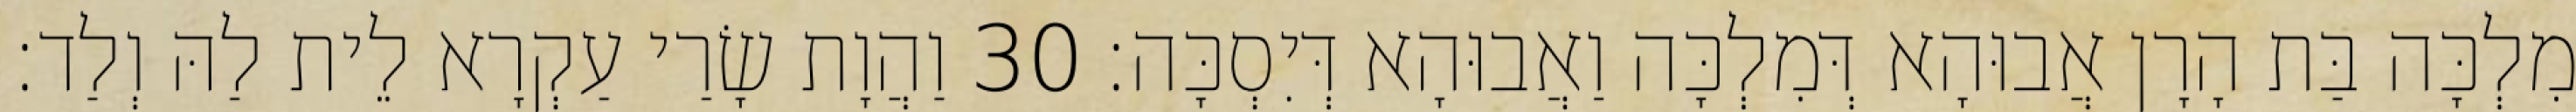
מִלְכָּה בַּת הָרָן אֲבוּהָא דְּמִלְכָּה וַאֲבוּהָא דְּיִסְכָּה׃ 30 וַהֲוָת שָׂרַי עַקְרָא לֵית לַהּ וְלַד׃